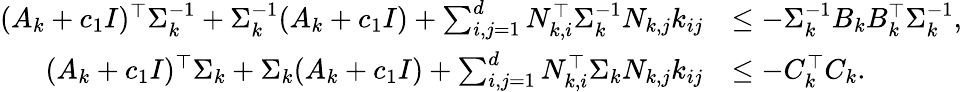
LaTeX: \begin{array}{rl}{(A_{k}+c_{1}I)^{\top}\Sigma_{k}^{-1}+\Sigma_{k}^{-1}(A_{k}+c_{1}I)+\sum_{i,j=1}^{d}N_{k,i}^{\top}\Sigma_{k}^{-1}N_{k,j}k_{ij}}&{\leq-\Sigma_{k}^{-1}B_{k}B_{k}^{\top}\Sigma_{k}^{-1},}\\ {(A_{k}+c_{1}I)^{\top}\Sigma_{k}+\Sigma_{k}(A_{k}+c_{1}I)+\sum_{i,j=1}^{d}N_{k,i}^{\top}\Sigma_{k}N_{k,j}k_{ij}}&{\leq-C_{k}^{\top}C_{k}.}\end{array}